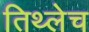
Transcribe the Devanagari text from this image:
तिथ्लेच